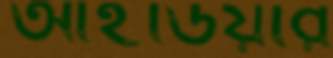
আইডিয়ার